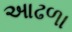
આઢળા